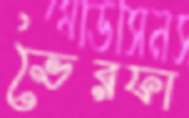
ভৈরফা